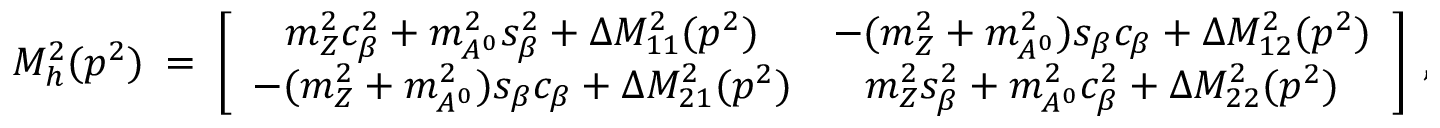
{ \cal M } _ { h } ^ { 2 } ( p ^ { 2 } ) \ = \ \left[ \begin{array} { c c } { { m _ { Z } ^ { 2 } c _ { \beta } ^ { 2 } + m _ { A ^ { 0 } } ^ { 2 } s _ { \beta } ^ { 2 } + \Delta { \cal M } _ { 1 1 } ^ { 2 } ( p ^ { 2 } ) } } & { { - ( m _ { Z } ^ { 2 } + m _ { A ^ { 0 } } ^ { 2 } ) s _ { \beta } c _ { \beta } + \Delta { \cal M } _ { 1 2 } ^ { 2 } ( p ^ { 2 } ) } } \\ { { - ( m _ { Z } ^ { 2 } + m _ { A ^ { 0 } } ^ { 2 } ) s _ { \beta } c _ { \beta } + \Delta { \cal M } _ { 2 1 } ^ { 2 } ( p ^ { 2 } ) } } & { { m _ { Z } ^ { 2 } s _ { \beta } ^ { 2 } + m _ { A ^ { 0 } } ^ { 2 } c _ { \beta } ^ { 2 } + \Delta { \cal M } _ { 2 2 } ^ { 2 } ( p ^ { 2 } ) } } \end{array} \right] \ ,